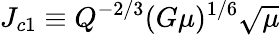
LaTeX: J_{c1}\equiv Q^{-2/3}(G\mu)^{1/6}\sqrt{\mu}